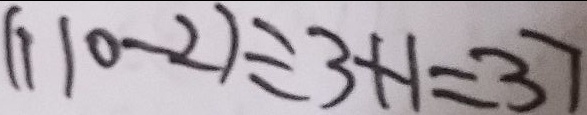
( 1 1 0 - 2 ) \div 3 + 1 = 3 7